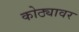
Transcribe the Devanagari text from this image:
कोठ्यावर